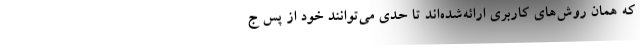
که همان روش‌های کاربری ارائه‌شده‌اند تا حدی می‌توانند خود از پس ج